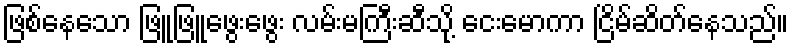
ဖြစ်နေသော ဖြူဖြူဖွေးဖွေး လမ်းမကြီးဆီသို့ ငေးမောကာ ငြိမ်ဆိတ်နေသည်။